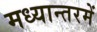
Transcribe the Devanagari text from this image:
मध्यान्तरमें